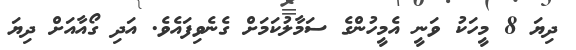
ދިޔަ 8 މީހަކު ވަނީ އެމީހުންގެ ސަމާލުކަމަށް ގެނެވިފައެވެ. އަދި ގޯއާއަށް ދިޔަ